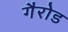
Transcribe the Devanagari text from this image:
गैरोड